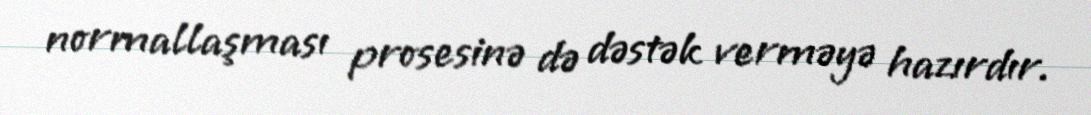
normallaşması prosesinə də dəstək verməyə hazırdır.